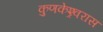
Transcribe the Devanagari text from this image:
कुणकेश्र्वरास